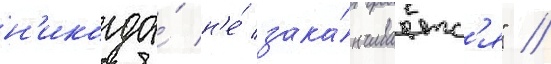
н'икогда́ н'е́ зака́нчиваетс'я" //